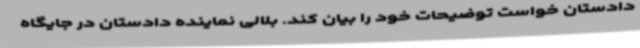
دادستان خواست توضیحات خود را بیان کند. بلالی نماینده دادستان در جایگاه